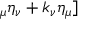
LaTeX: _ { \mu } \eta _ { \nu } + k _ { \nu } \eta _ { \mu } ]